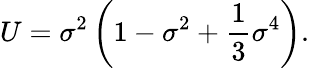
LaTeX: U={\sigma}^{2}\left(1-{\sigma}^{2}+\frac{1}{3}{\sigma}^{4}\right).